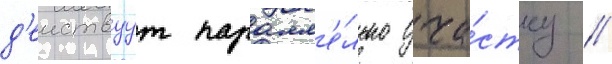
д'еиствуут паралл'е́льно уча́стку /